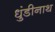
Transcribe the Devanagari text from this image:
धुंडीनाथ